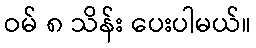
ဝမ် ၈ သိန်း ပေးပါမယ်။